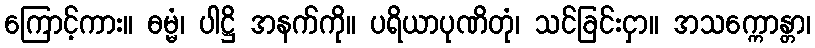
ကြောင့်ကား။ ဓမ္မံ၊ ပါဋ္ဌိ အနက်ကို။ ပရိယာပုဏိတုံ၊ သင်ခြင်းငှာ။ အသက္ကောန္တာ၊